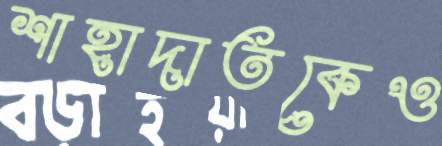
শাহাদাতকেও